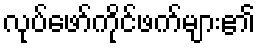
လုပ်ဖော်ကိုင်ဖက်များ၏